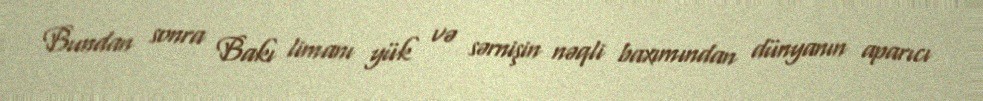
Bundan sonra Bakı limanı yük və sərnişin nəqli baxımından dünyanın aparıcı